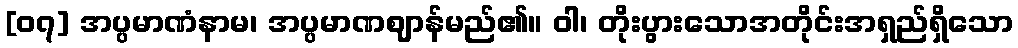
[၀၇] အပ္ပမာဏံနာမ၊ အပ္ပမာဏဈာန်မည်၏။ ဝါ၊ တိုးပွားသောအတိုင်းအရှည်ရှိသော